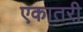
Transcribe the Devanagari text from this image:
एकातरी